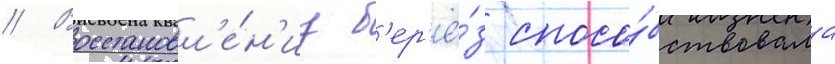
// Восстановл'е́н'иу б'ер'ё́з спосо́бствовала